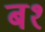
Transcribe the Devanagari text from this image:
ब१